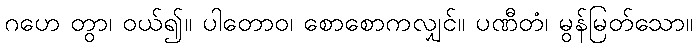
ဂဟေ တွာ၊ ဝယ်၍။ ပါတောဝ၊ စောစောကလျှင်။ ပဏီတံ၊ မွန်မြတ်သော။